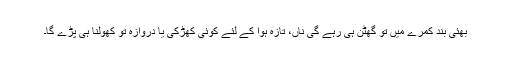
بھئی بند کمرے میں تو گھٹن ہی رہے گی ناں، تازہ ہوا کے لئے کوئی کھڑکی یا دروازہ تو کھولنا ہی پڑے گا۔